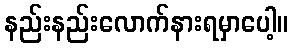
နည်းနည်းလောက်နားရမှာပေါ့။